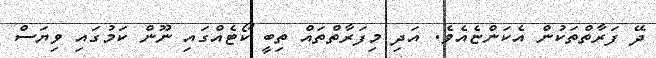
ދޭ ފަރާތްތަކުން އެކަންޏެއެވެ. އަދި މިފަރާތްތައް ތިބީ ކޯޓެއްގައި ނޫން ކަމުގައި ވިޔަސް